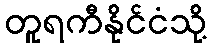
တူရကီနိုင်ငံသို့